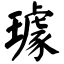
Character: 璩